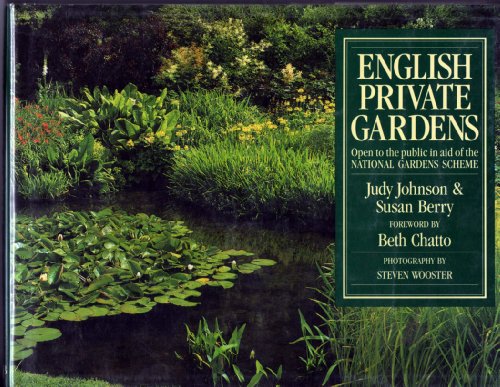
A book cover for English Private Gardens; Judy Johnson; Crafts, Hobbies & Home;